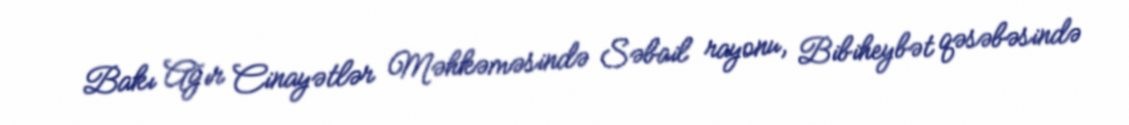
Bakı Ağır Cinayətlər Məhkəməsində Səbail rayonu, Bibiheybət qəsəbəsində